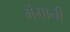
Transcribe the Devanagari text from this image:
भंगानी